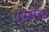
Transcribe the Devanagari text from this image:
एम्मेन